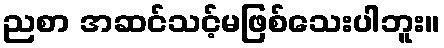
ညစာ အဆင်သင့်မဖြစ်သေးပါဘူး။